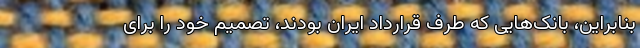
بنابراین، بانک‌هایی که طرف قرارداد ایران بودند، تصمیم خود را برای